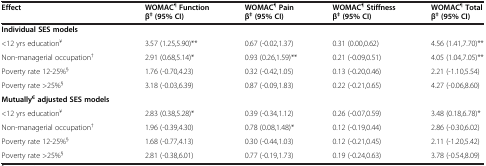
| Effect | WOMAC¶Function β‡ (95% CI) | WOMAC¶Pain β‡ (95% CI) | WOMAC¶Stiffness β‡ (95% CI) | WOMAC¶Total β‡ (95% CI) |
 | --- | --- | --- | --- | --- |
 | Individual SES models |  |  |  |  |
 | <12 yrs education¥ | 3.57 (1.25,5.90)** | 0.67 (-0.02,1.37) | 0.31 (0.00,0.62) | 4.56 (1.41,7.70)** |
 | Non-managerial occupation† | 2.91 (0.68,5.14)* | 0.93 (0.26,1.59)** | 0.21 (-0.09,0.51) | 4.05 (1.04,7.05)** |
 | Poverty rate 12-25%§ | 1.76 (-0.70,4.23) | 0.32 (-0.42,1.05) | 0.13 (-0.20,0.46) | 2.21 (-1.10,5.54) |
 | Poverty rate >25%§ | 3.18 (-0.03,6.39) | 0.87 (-0.09,1.83) | 0.22 (-0.21,0.65) | 4.27 (-0.06,8.60) |
 | Mutually€ adjusted SES models |  |  |  |  |
 | <12 yrs education¥ | 2.83 (0.38,5.28)* | 0.39 (-0.34,1.12) | 0.26 (-0.07,0.59) | 3.48 (0.18,6.78)* |
 | Non-managerial occupation† | 1.96 (-0.39,4.30) | 0.78 (0.08,1.48)* | 0.12 (-0.19,0.44) | 2.86 (-0.30,6.02) |
 | Poverty rate 12-25%§ | 1.68 (-0.77,4.13) | 0.30 (-0.44,1.03) | 0.12 (-0.21,0.45) | 2.11 (-1.20,5.42) |
 | Poverty rate >25%§ | 2.81 (-0.38,6.01) | 0.77 (-0.19,1.73) | 0.19 (-0.24,0.63) | 3.78 (-0.54,8.09) |